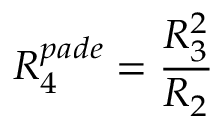
R _ { 4 } ^ { p a d e } = \frac { R _ { 3 } ^ { 2 } } { R _ { 2 } }